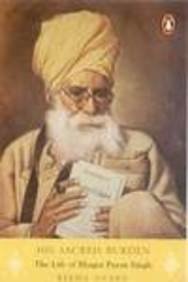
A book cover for His Sacred Burden: The Life of Bhagat Puran Singh; Reema Anand; Religion & Spirituality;